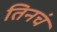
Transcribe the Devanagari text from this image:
तिनचं